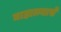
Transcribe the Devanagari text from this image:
माहात्म्याचे